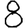
Digit: 8